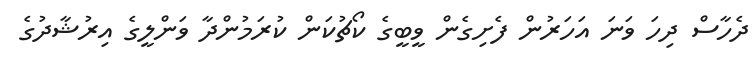
ދެހާސް ދިހަ ވަނަ އަހަރުން ފެށިގެން ވީބީގެ ކޯޗުކަން ކުރަމުންދާ ވަންލީގެ އިރުޝާދުގެ